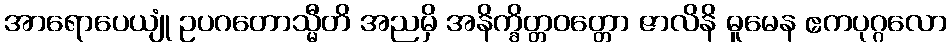
အာရောပေယျုံ ဥပဂတောသ္မီတိ အညမှိ အနိက္ခိတ္တဝတ္တော ဇာလိနိ ဓူမေန ဧကပုဂ္ဂလော